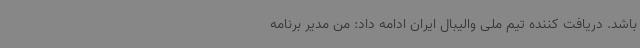
باشد. دریافت کننده تیم ملی والیبال ایران ادامه داد: من مدیر برنامه